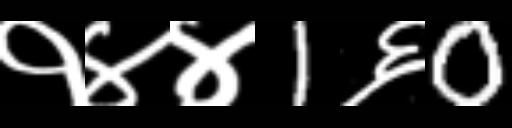
Text: १४४1६0